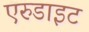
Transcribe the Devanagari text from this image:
एरुडाइट